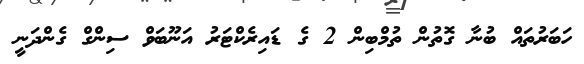
ހަބަރުތައް ބުނާ ގޮތުން ތުމްބިން 2 ގެ ޑައިރެކްޓަރު އަނޫބަވް ސިންގް ގެންދަނީ